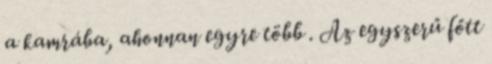
a kamrába, ahonnan egyre több . Az egyszerű főtt